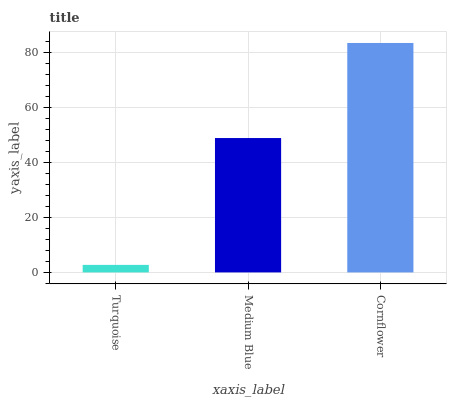
| xaxis_label | bars |
 | --- | --- |
 | Turquoise | 2.74 |
 | Medium Blue | 49 |
 | Cornflower | 83.6 |